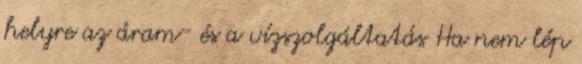
helyre az áram- és a vízszolgáltatás Ha nem lép